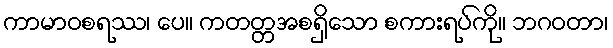
ကာမာဝစရဿ၊ ပေ။ ကတတ္တအစရှိသော စကားရပ်ကို။ ဘဂဝတာ၊